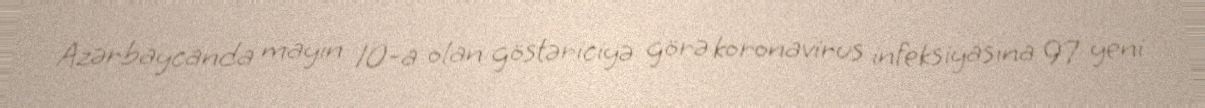
Azərbaycanda mayın 10-a olan göstəriciyə görə koronavirus infeksiyasına 97 yeni